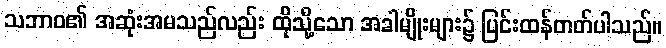
သဘာဝ၏ အဆုံးအမသည်လည်း ထိုသို့သော အခါမျိုးများ၌ ပြင်းထန်တတ်ပါသည်။